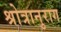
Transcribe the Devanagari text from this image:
श्रोत्रानुराग